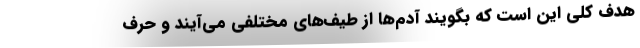
هدف کلی این است که بگویند آدم‌ها از طیف‌های مختلفی می‌آیند و حرف